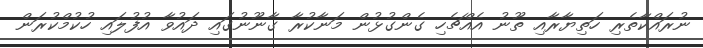
ނުރައްކާތެރި ހަތިޔާރާއި ތޫނު އެއްޗެހި ގެންގުޅުން މަނާކުރާ ގާނޫނުގައި ދައުވާ އުފުލައި ހުކުމްކުރަން